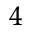
^ { 4 }